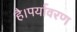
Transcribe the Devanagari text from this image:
है।पर्यावरण